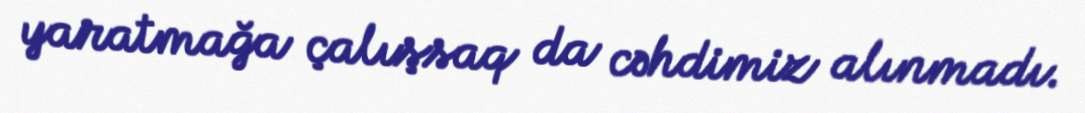
yaratmağa çalışsaq da cəhdimiz alınmadı.